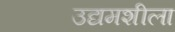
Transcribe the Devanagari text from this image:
उद्यमशीला